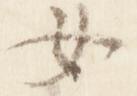
女